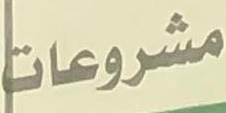
مشروعات